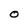
Character: O